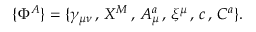
\{ \Phi ^ { A } \} = \{ \gamma _ { \mu \nu } \, , \, X ^ { M } \, , \, A _ { \mu } ^ { a } \, , \, \xi ^ { \mu } \, , \, c \, , \, C ^ { a } \} .